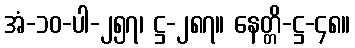
အံ-၁၀-ပါ-၂၅၇၊ ဋ္ဌ-၂၈၇။ နေတ္တိ-ဋ္ဌ-၄၈။